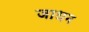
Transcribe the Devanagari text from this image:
जाधन